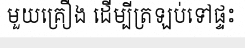
មួយគ្រឿង ដើម្បីត្រឡប់ទៅផ្ទះ